Regulations for the medical services of the Army of India
Year: 1930
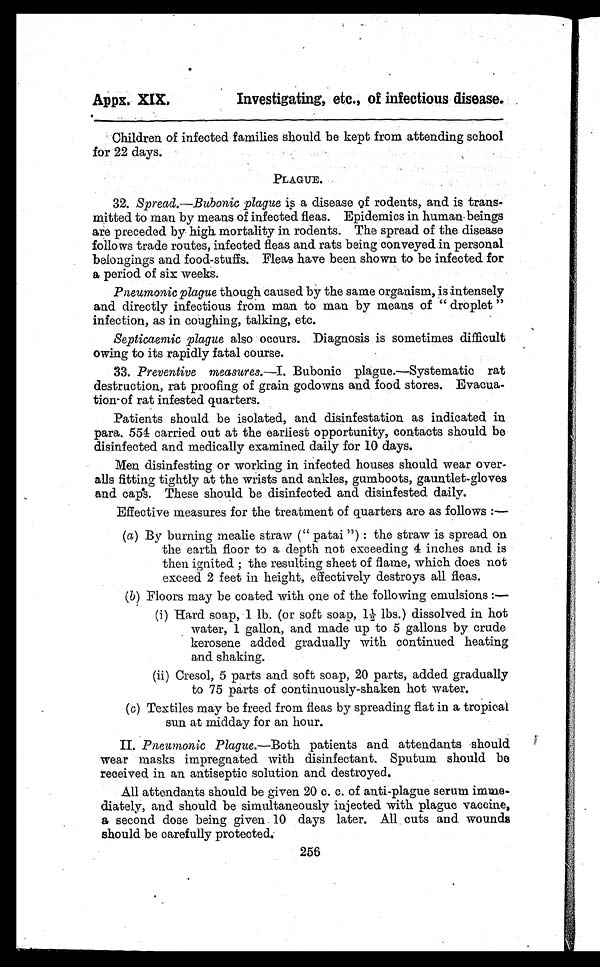
Appx. XIX.
Investigating, etc., of infectious disease.
Children of infected families should be kept from attending school
for 22 days.
PLAGUE.
32. Spread.—Bubonic plague is a disease of rodents, and is trans
-mitted to man by means of infected fleas. Epidemics in human beings
are preceded by high mortality in rodents. The spread of the disease
follows trade routes, infected fleas and rats being conveyed in personal
belongings and food-stuffs. Fleas have been shown to be infected for
a period of six weeks.
Pneumonic plague though caused by the same organism, is intensely
and directly infectious from man to man by means of " droplet "
infection, as in coughing, talking, etc.
Septicaemic plague also occurs. Diagnosis is sometimes difficult
owing to its rapidly fatal course.
33. Preventive measures.
—
I. Bubonic plague.—Systematic rat
destruction, rat proofing of grain godowns and food stores. Evacua-
-tion-of rat infested quarters.
Patients should be isolated, and disinfestation as indicated in
para. 554 carried out at the earliest opportunity, contacts should be
disinfected and medically examined daily for 10 days.
Men disinfesting or working in infected houses should wear over-
-alls fitting tightly at the wrists and ankles, gumboots, gauntlet-gloves
and caps. These should be disinfected and disinfested daily.
Effective measures for the treatment of quarters are as follows :—
(a) By burning mealie straw (" patai ") : the straw is spread on
the earth floor to a depth not exceeding 4 inches and is
then ignited ; the resulting sheet of flame, which does not
exceed 2 feet in height, effectively destroys all fleas.
(5) Floors may be coated with one of the following emulsions :—
(i) Hard soap, 1 lb. (or soft soap, 11/2 lbs.) dissolved in hot
water, 1 gallon, and made up to 5 gallons by crude
kerosene added gradually with continued heating
and shaking.
(ii) Cresol, 5 parts and soft soap, 20 parts, added gradually
to 75 parts of continuously-shaken hot water.
(c) Textiles may be freed from fleas by spreading flat in a tropical
sun at midday for an hour.
II. Pneumonic Plague.—Both patients and attendants should
wear masks impregnated with disinfectant. Sputum should be
received in an antiseptic solution and destroyed.
All attendants should be given 20 c. c. of anti-plague serum imme-
diately, and should be simultaneously injected with plague vaccine,
a second dose being given 10 days later. All cuts and wounds
should be carefully protected.
256